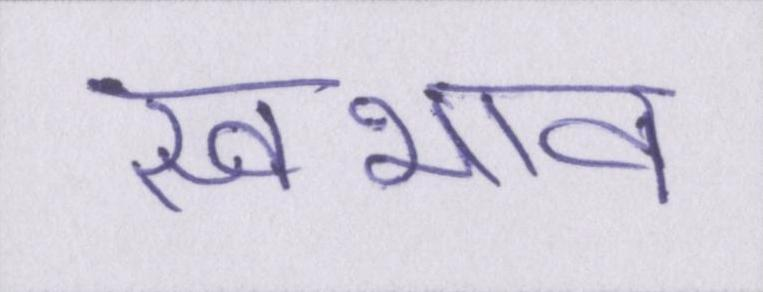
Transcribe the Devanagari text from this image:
स्वभाव